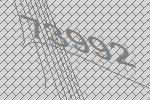
73992